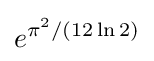
e^{\pi ^{2}/(12\ln 2)}